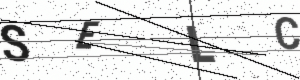
Text: SELC